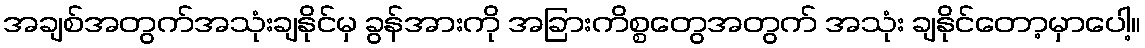
အချစ်အတွက်အသုံးချနိုင်မှ ခွန်အားကို အခြားကိစ္စတွေအတွက် အသုံး ချနိုင်တော့မှာပေါ့။